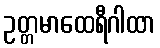
ဥတ္တမာထေရီဂါထာ